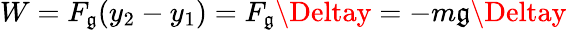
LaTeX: W=F_{\mathfrak{g}}(y_{2}-y_{1})=F_{\mathfrak{g}}\Deltay=-m\mathfrak{g}\Deltay